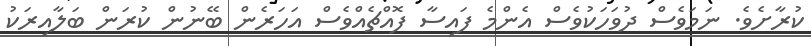
ކުރާށެވެ. ނަމަވެސް ދުވަހަކުވެސް އެންމެ ފައިސާ ފޮއްޗެއްވެސް އަހަރެން ބޭނުން ކުރަން ބަލާއިރަކު